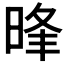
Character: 𣇔